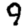
Digit: 9